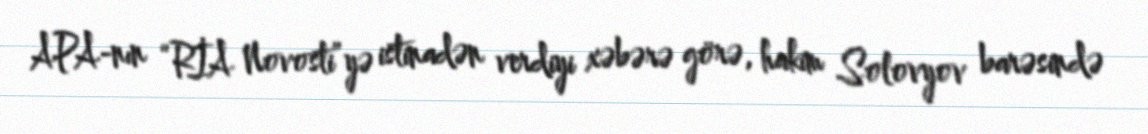
APA-nın “RİA Novosti”yə istinadən verdiyi xəbərə görə, hakim Solovyov barəsində